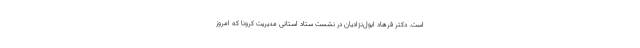
است. دکتر فرهاد ابول‌نژادیان در نشست ستاد استانی مدیریت کرونا که امروز